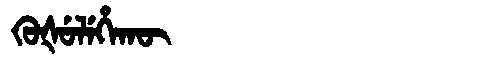
Manchu: ᡴᡠᡧᡠᠯᡝᡥᠠᡴᡡ
Romanization: KUŠULEHAKŪ